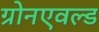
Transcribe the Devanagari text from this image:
ग्रोनएवल्ड